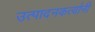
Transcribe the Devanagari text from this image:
उत्पादनकर्त्यांनी